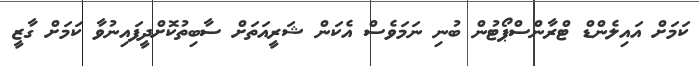
ކަމަށް އައިލެންޑް ޓްރާންސްޕޯޓުން ބުނި ނަމަވެސް އެކަން ޝަރީއަތަށް ސާބިތުކޮށްދީފައިނުވާ ކަމަށް ގާޒީ